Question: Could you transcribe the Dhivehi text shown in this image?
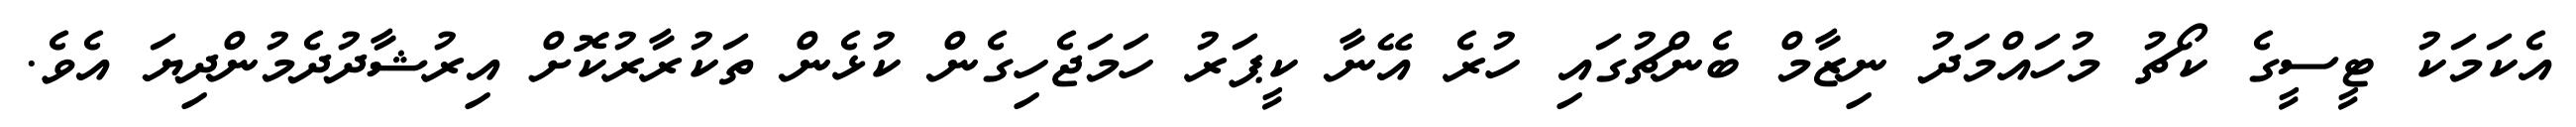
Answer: އެކަމަކު ޓީސީގެ ކޯޗު މުހައްމަދު ނިޒާމް ބެންޗުގައި ހުރެ އޭނާ ކީޕަރު ހަމަޖެހިގެން ކުޅެން ތަކުރާރުކޮށް އިރުޝާދުދެމުންދިޔަ އެވެ.